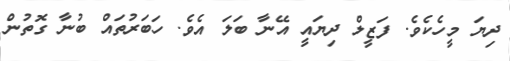
ދިޔަ މީހެކެވެ. ފަޒީލް ދިޔައީ އޭނާ ބަލަ އެވެ. ހަބަރުތައް ބުނާ ގޮތުން